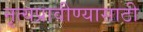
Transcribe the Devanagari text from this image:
नृत्यप्रावीण्यासाठी